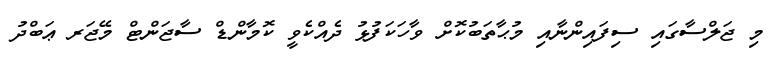
މި ޖަލްސާގައި ސިފައިންނާއި މުޙާތަބުކޮށް ވާހަކަފުޅު ދެއްކެވީ ކޮމާންޑް ސާޖަންޓް މޭޖަރ ޢަބްދު